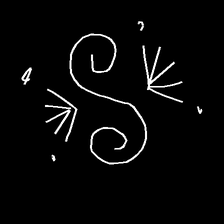
Glyph: aeroform